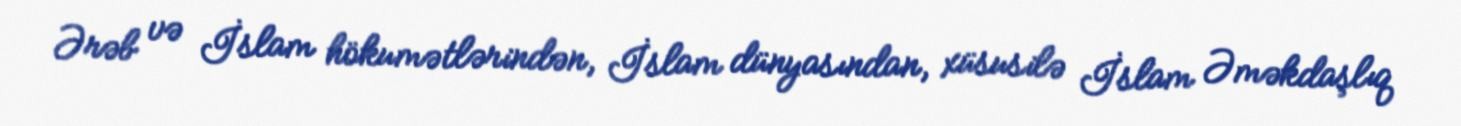
Ərəb və İslam hökumətlərindən, İslam dünyasından, xüsusilə İslam Əməkdaşlıq